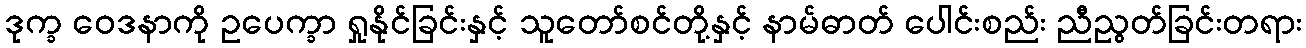
ဒုက္ခ ဝေဒနာကို ဥပေက္ခာ ရှုနိုင်ခြင်းနှင့် သူတော်စင်တို့နှင့် နာမ်ဓာတ် ပေါင်းစည်း ညီညွတ်ခြင်းတရား